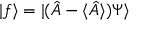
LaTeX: | f \rangle = | ( { \hat { A } } - \langle { \hat { A } } \rangle ) \Psi \rangle